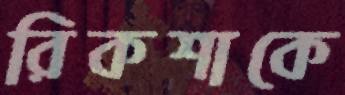
রিকশাকে